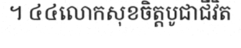
។ ៤៤លោកសុខចិត្តបូជាជីវិត